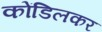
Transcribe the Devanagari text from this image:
कोंडिलकर